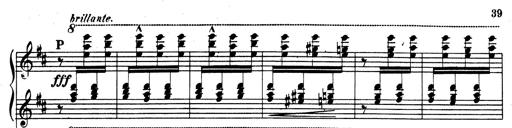
Title: Rhapsodie espagnole
Composer: Franz Liszt